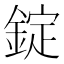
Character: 錠